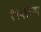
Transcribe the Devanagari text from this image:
१९५९च्या